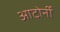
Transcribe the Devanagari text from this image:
आटोर्नी